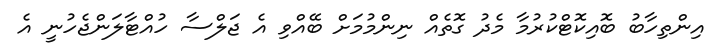
އިންތިހާބު ބޮއިކޮޓްކުރުމާ މެދު ގޮތެއް ނިންމުމަށް ބޭއްވި އެ ޖަލްސާ ހުއްޓާލަންޖެހުނީ އެ